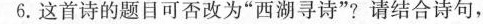
6.这首诗的题目可否改为”西湖寻诗”?请结合诗句，